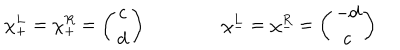
\chi _ { + } ^ { L } = \chi _ { + } ^ { R } = \left( \begin{matrix} { { c } } \\ { { d } } \\ \end{matrix} \right) \qquad \qquad \chi _ { - } ^ { L } = \chi _ { - } ^ { R } = \left( \begin{matrix} { { - d } } \\ { { c } } \\ \end{matrix} \right)